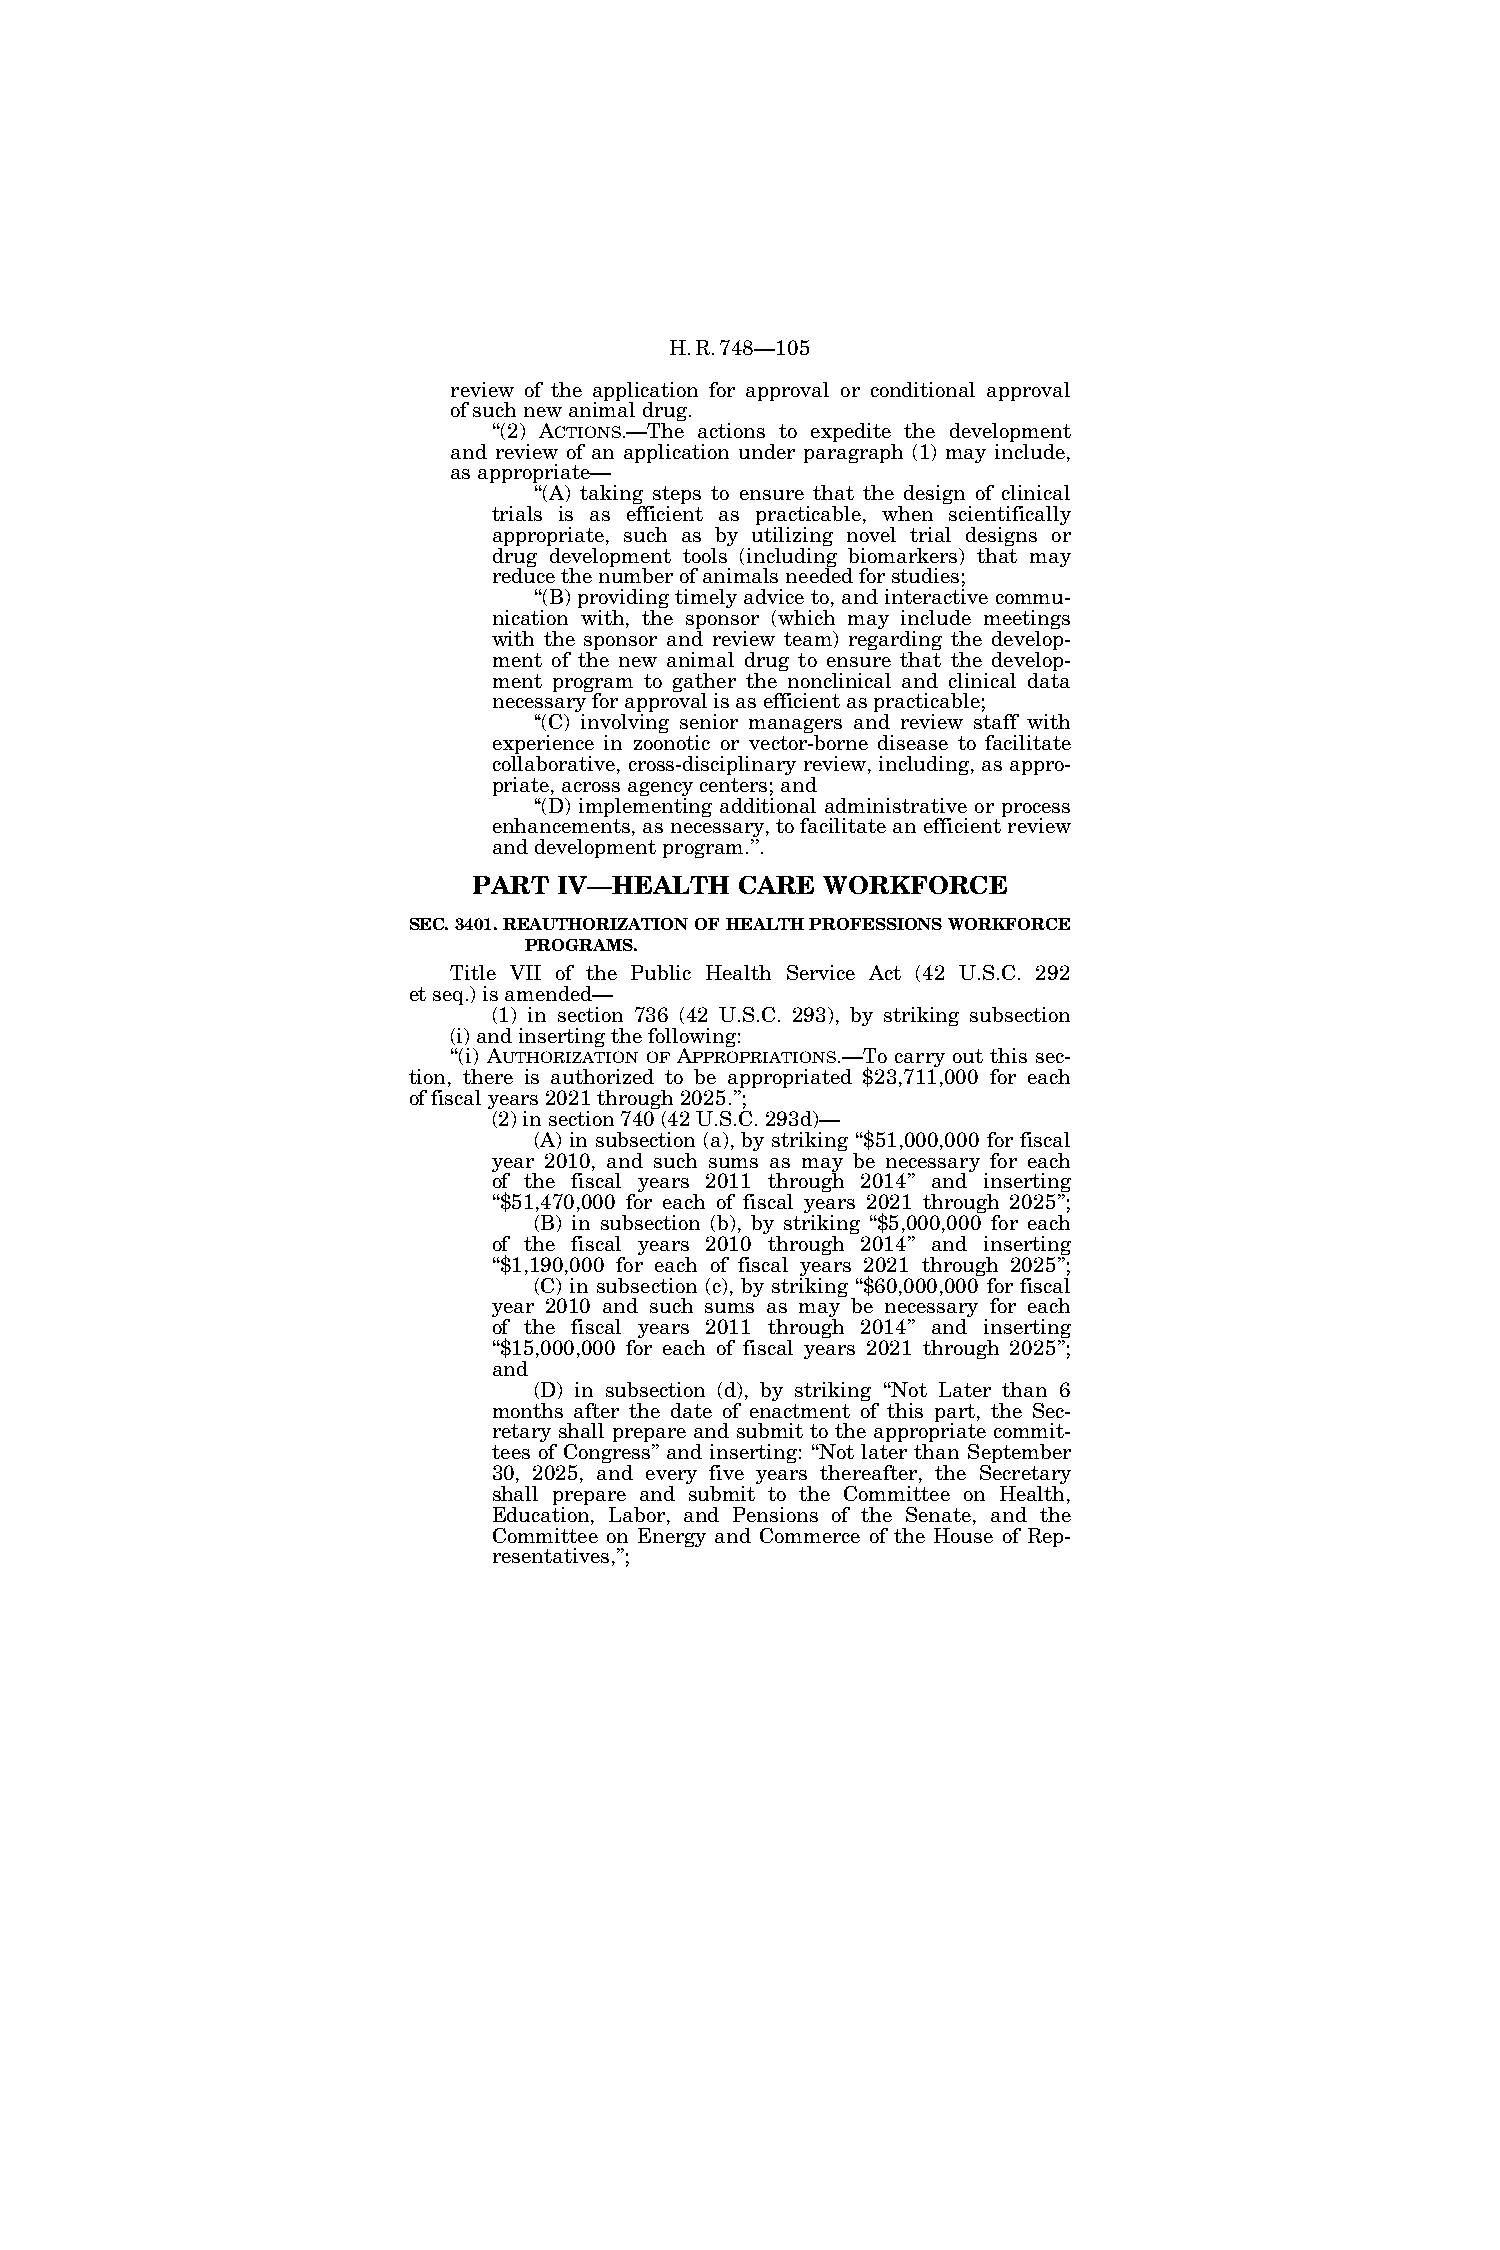
H.R.748—105
 review of the application for approval or conditional approval
 of such new animal drug.
 ‘‘(2) ACTIONS.—The actions to expedite the development
 and review of an application under paragraph (1) may include,
 as appropriate—
 ‘‘(A) taking steps to ensure that the design of clinical
 trials is as efficient as practicable, when scientifically
 appropriate, such as by utilizing novel trial designs or
 drug development tools (including biomarkers) that may
 reduce the number of animals needed for studies;
 ‘‘(B) providing timely advice to, and interactive commu-
 nication with, the sponsor (which may include meetings
 with the sponsor and review team) regarding the develop-
 ment of the new animal drug to ensure that the develop-
 ment program to gather the nonclinical and clinical data
 necessary for approval is as efficient as practicable;
 ‘‘(C) involving senior managers and review staff with
 experience in zoonotic or vector-borne disease to facilitate
 collaborative, cross-disciplinary review, including, as appro-
 priate, across agency centers; and
 ‘‘(D) implementing additional administrative or process
 enhancements, as necessary, to facilitate an efficient review
 and development program.’’.
 PART  IV—HEALTH   CARE  WORKFORCE
 SEC. 3401. REAUTHORIZATION OF HEALTH PROFESSIONS WORKFORCE
 PROGRAMS.
 Title VII of the Public Health Service Act (42 U.S.C. 292
 et seq.) is amended—
 (1) in section 736 (42 U.S.C. 293), by striking subsection
 (i) and inserting the following:
 ‘‘(i) AUTHORIZATION OF APPROPRIATIONS.—To carry out this sec-
 tion, there is authorized to be appropriated $23,711,000 for each
 of fiscal years 2021 through 2025.’’;
 (2) in section 740 (42 U.S.C. 293d)—
 (A) in subsection (a), by striking ‘‘$51,000,000 for fiscal
 year 2010, and such sums as may be necessary for each
 of the fiscal years 2011 through 2014’’ and inserting
 ‘‘$51,470,000 for each of fiscal years 2021 through 2025’’;
 (B) in subsection (b), by striking ‘‘$5,000,000 for each
 of the fiscal years 2010 through 2014’’ and inserting
 ‘‘$1,190,000 for each of fiscal years 2021 through 2025’’;
 (C) in subsection (c), by striking ‘‘$60,000,000 for fiscal
 year 2010 and such sums as may be necessary for each
 of the fiscal years 2011 through 2014’’ and inserting
 ‘‘$15,000,000 for each of fiscal years 2021 through 2025’’;
 and
 (D) in subsection (d), by striking ‘‘Not Later than 6
 months after the date of enactment of this part, the Sec-
 retary shall prepare and submit to the appropriate commit-
 tees of Congress’’ and inserting: ‘‘Not later than September
 30, 2025, and every five years thereafter, the Secretary
 shall prepare and submit to the Committee on Health,
 Education, Labor, and Pensions of the Senate, and the
 Committee on Energy and Commerce of the House of Rep-
 resentatives,’’;